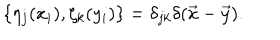
LaTeX: \{ \eta _ { j } ( x _ { i } ) , \zeta _ { k } ( y _ { i } ) \} = \delta _ { j k } \delta ( \vec { x } - \vec { y } ) .